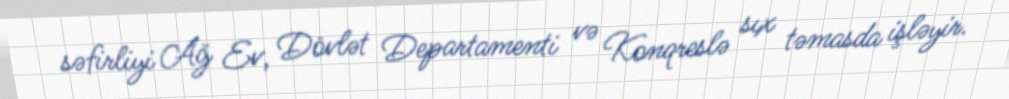
səfirliyi Ağ Ev, Dövlət Departamenti və Konqreslə sıx təmasda işləyir.